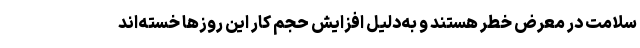
سلامت در معرض خطر هستند و به‌دلیل افزایش حجم کار این روزها خسته‌اند